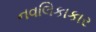
નવલિકાકાર